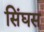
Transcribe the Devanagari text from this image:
सिंघस